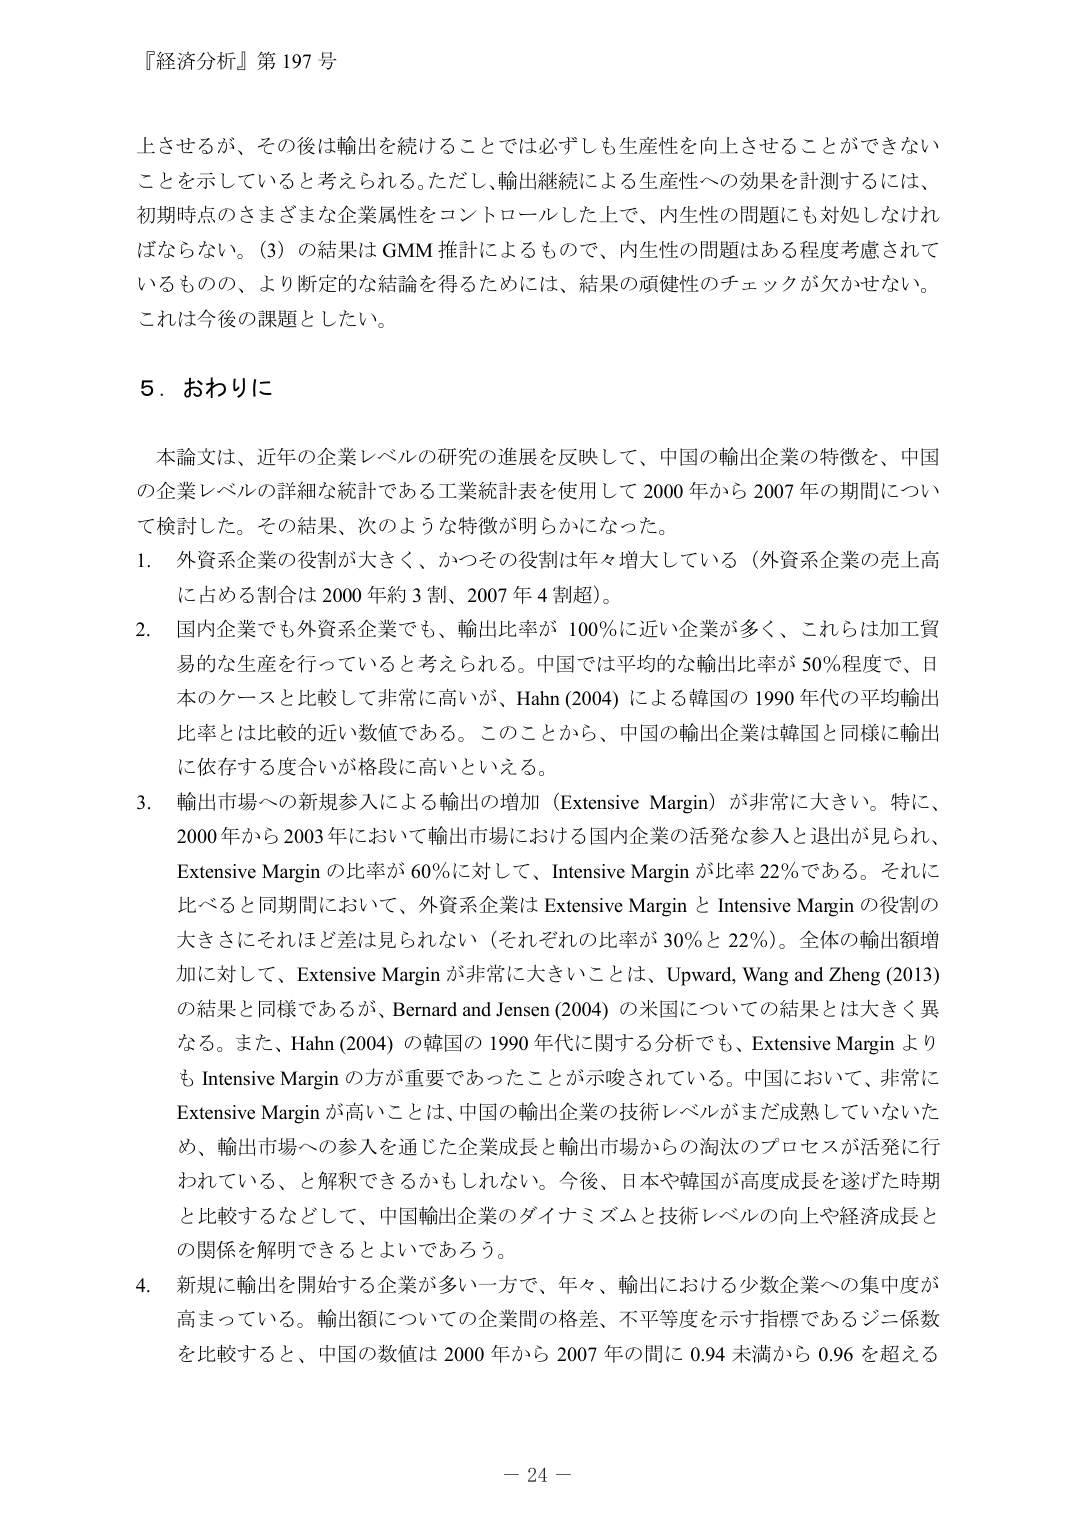
『経済分析』第 197 号

上させるが、その後は輸出を続けることでは必ずしも生産性を向上させることができないことを示していると考えられる。ただし、輸出継続による生産性への効果を計測するには、初期時点のさまざまな企業属性をコントロールした上で、内生性の問題にも対処しなければならない。（3）の結果は GMM 推計によるもので、内生性の問題はある程度考慮されているものの、より断定的な結論を得るためには、結果の頑健性のチェックが欠かせない。これは今後の課題とした。

5．おわりに

本論文は、近年の企業レベルの研究の進展を反映して、中国の輸出企業の特徴を、中国の企業レベルの詳細な統計である工業統計表を使用して 2000 年から 2007 年の期間について検討した。その結果、次のような特徴が明らかになった。

1．外資系企業の役割が大きく、かつその役割は年々増大している（外資系企業の売上高に占める割合は 2000 年約 3 割、2007 年 4 割超）。

2．国内企業でも外資系企業でも、輸出比率が 100％に近い企業が多く、これらは加工貿易的な生産を行っていると考えられる。中国では平均的な輸出比率が 50％程度で、日本のケースと比較して非常に高いが、Hahn (2004) による韓国の 1990 年代の平均輸出比率とは比較的近い数値である。このことから、中国の輸出企業は韓国と同様に輸出に依存する度合いが格段に高いといえる。

3．輸出市場への新規参入による輸出の増加（Extensive Margin）が非常に大きい。特に、2000 年から 2003 年において輸出市場における国内企業の活発な参入と退出が見られ、Extensive Margin の比率が 60％に対して、Intensive Margin が比率 22％である。それに比べると同期間において、外資系企業は Extensive Margin と Intensive Margin の役割の大きさにそれほど差は見られない（それぞれの比率が 30％と 22％）。全体の輸出額増加に対して、Extensive Margin が非常に大きいことは、Upward, Wang and Zheng (2013) の結果と同様であるが、Bernard and Jensen (2004) の米国についての結果とは大きく異なる。また、Hahn (2004) の韓国の 1990 年代に関する分析でも、Extensive Margin よりも Intensive Margin の方が重要であったことが示唆されている。中国において、非常に Extensive Margin が高いことは、中国の輸出企業の技術レベルがまだ成熟していないため、輸出市場への参入を通じた企業成長と輸出市場からの淘汰のプロセスが活発に行われている、と解釈できるかもしれない。今後、日本や韓国が高度成長を遂げた時期と比較するなどして、中国輸出企業のダイナミズムと技術レベルの向上や経済成長との関係を解明できるとよいであろう。

4．新規に輸出を開始する企業が多い一方で、年々、輸出における少数企業への集中度が高まっている。輸出額についての企業間の格差、不平等度を示す指標であるジニ係数を比較すると、中国の数値は 2000 年から 2007 年の間に 0.94 未満から 0.96 を超える

－ 24 －